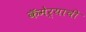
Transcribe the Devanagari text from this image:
कॅमेर्याची